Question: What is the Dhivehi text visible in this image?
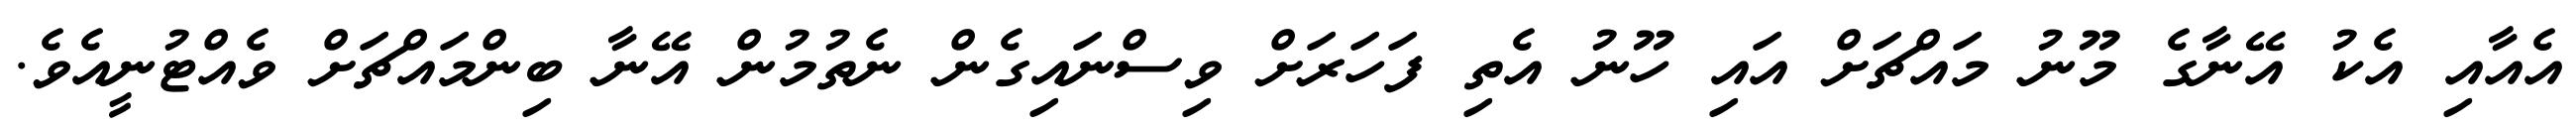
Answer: އެއާއި އެކު އޭނާގެ މޫނު މައްޗަށް އައި ހޫނު އެތި ފަހަރަށް ވިސްނައިގެން ނެތުމުން އޭނާ ބިންމައްޗަށް ވެއްޓުނީއެވެ.